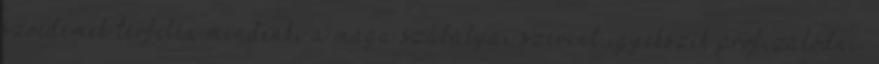
szocdemek térfelén mindenki a maga szabályai szerint igyekszik profizálódni.